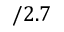
/ 2 . 7